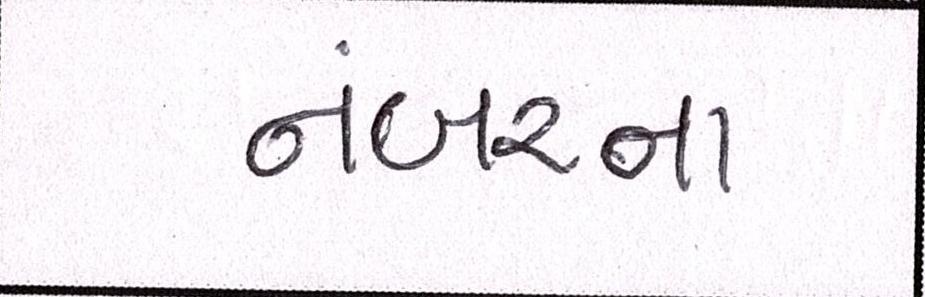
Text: નંબરના